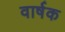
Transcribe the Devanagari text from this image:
वार्षक